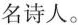
名诗人。